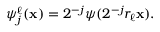
\begin{array} { r } { \psi _ { j } ^ { \ell } ( \mathbf { x } ) = 2 ^ { - j } \psi ( 2 ^ { - j } r _ { \ell } \mathbf { x } ) . } \end{array}